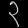
Digit: ၃